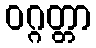
ဝဂ္ဂတ္တာ